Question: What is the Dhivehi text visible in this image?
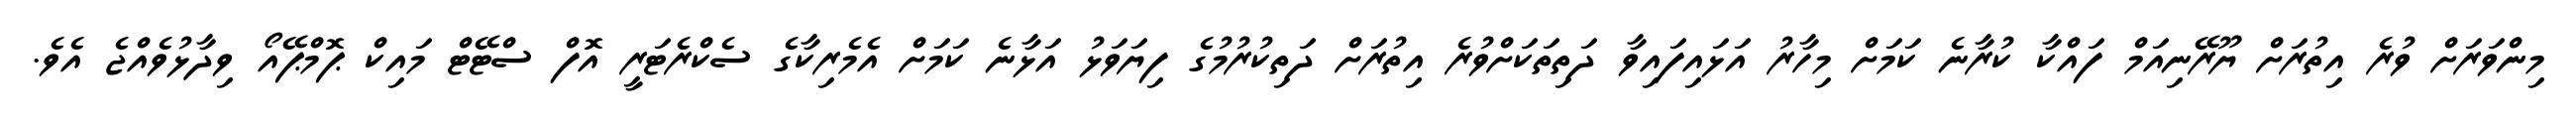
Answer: މިންވަރަށް ވުރެ އިތުރަށް ޔޫރޭނިއަމް ފައްކާ ކުރާނެ ކަމަށް މިހާރު އަޅައިފައިވާ ދަތިތަކަށްވުރެ އިތުރަށް ދަތިކުރުމުގެ ފިޔަވަޅު އަޅާނެ ކަމަށް އެމެރިކާގެ ސެކްރެޓަރީ އޮފް ސްޓޭޓް މައިކް ޕޮމްޕޭއޯ ވިދާޅުވެއްޖެ އެވެ.